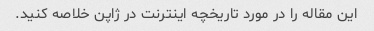
این مقاله را در مورد تاریخچه اینترنت در ژاپن خلاصه کنید.